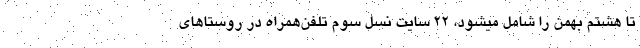
تا هشتم بهمن را شامل میشود، ۲۲ سایت نسل سوم تلفن‌همراه در روستاهای